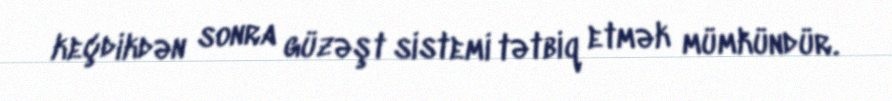
keçdikdən sonra güzəşt sistemi tətbiq etmək mümkündür.